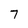
Character: 7